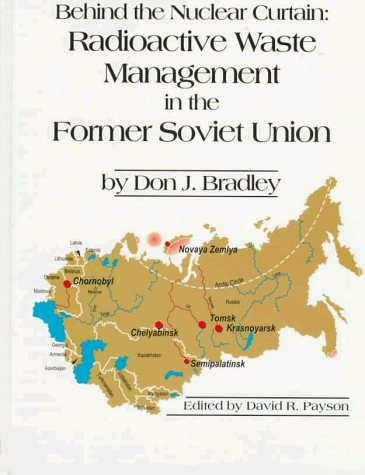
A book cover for Behind the Nuclear Curtain: Radioactive Waste Management in the Former Soviet Union; D. J. Bradley; Science & Math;